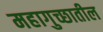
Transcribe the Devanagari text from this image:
महागुच्छातील